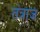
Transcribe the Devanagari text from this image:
तंत्राज